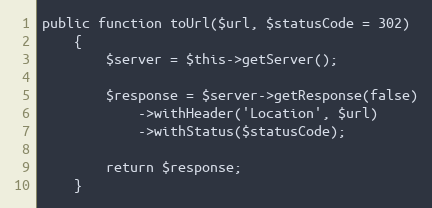
Language: PHP
public function toUrl($url, $statusCode = 302)
    {
        $server = $this->getServer();

        $response = $server->getResponse(false)
            ->withHeader('Location', $url)
            ->withStatus($statusCode);

        return $response;
    }